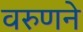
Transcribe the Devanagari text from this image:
वरुणने